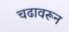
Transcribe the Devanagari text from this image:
चढावरून